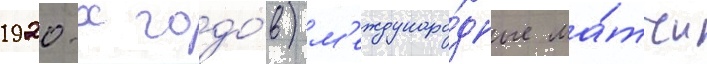
1920-х годо́в) м'еждунаро́дные ма́тчи